Annual report on the lock hospitals of the Madras Presidency
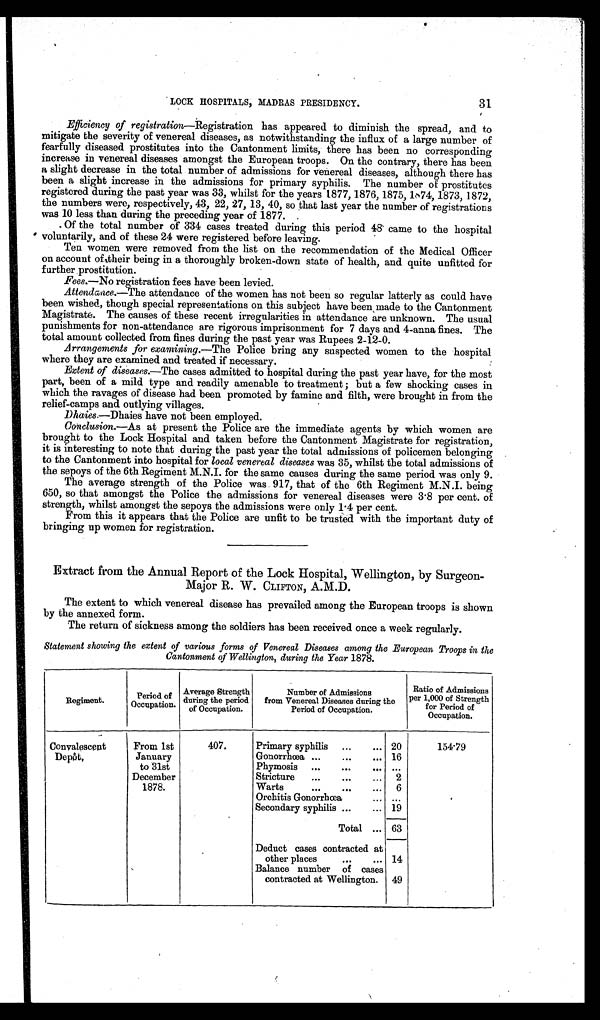
31
LOCK HOSPITALS, MADRAS PRESIDENCY.
Efficiency of registration—Registration has appeared to diminish the spread, and to
mitigate the severity of venereal diseases, as notwithstanding the influx of a large number of
fearfully diseased prostitutes into the Cantonment limits, there has been no corresponding
increase in venereal diseases amongst the European troops. On the contrary, there has been
a slight decrease in the total number of admissions for venereal diseases, although there has
been a slight increase in the admissions for primary syphilis. The number of prostitutes
registered during the past year was 33, whilst for the years 1877, 1876, 1875, 1874, 1873, 1872,
the numbers were, respectively, 43, 22, 27, 13, 40, so that last year the number of registrations
was 10 less than during the preceding year of 1877.
Of the total number of 334 cases treated during this period 48 came to the hospital
voluntarily, and of these 24 were registered before leaving.
Ten women were removed from the list on the recommendation of the Medical Officer
on account of their being in a thoroughly broken-down state of health, and quite unfitted for
further prostitution.
Fees.—No registration fees have been levied.
Attendance.—The attendance of the women has not been so regular latterly as could have
been wished, though special representations on this subject have been made to the Cantonment
Magistrate. The causes of these recent irregularities in attendance are unknown. The usual
punishments for non-attendance are rigorous imprisonment for 7 days and 4-anna fines. The
total amount collected from fines during the past year was Rupees 2-12-0.
Arrangements for examining.— The Police bring any suspected women to the hospital
where they are examined and treated if necessary.
Extent of diseases.—The cases admitted to hospital during the past year have, for the most
part, been of a mild type and readily amenable to treatment ; but a few shocking cases in
which the ravages of disease had been promoted by famine and filth, were brought in from the
relief-camps and outlying villages.
Dhaies.—Dhaies have not been employed.
Conclusion.—As at present the Police are the immediate agents by which women are
brought to the Lock Hospital and taken before the Cantonment Magistrate for registration,
it is interesting to note that during the past year the total admissions of policemen belonging
to the Cantonment into hospital for local venereal diseases was 35, whilst the total admissions of
the sepoys of the 6th Regiment M.N.I. for the same causes during the same period was only 9.
The average strength of the Police was. 917, that of the 6th Regiment M.N.I. being
650, so that amongst the Police the admissions for venereal diseases were 3.8 per cent. of
strength, whilst amongst the sepoys the admissions were only 1.4 per cent.
From this it appears that the Police are unfit to be trusted with the important duty of
bringing up women for registration.
Extract from the Annual Report of the Lock Hospital, Wellington, by Surgeon
-Major R. W. CLIFTON, A.M.D.
The extent to which venereal disease has prevailed among the European troops is shown
by the annexed form.
The return of sickness among the soldiers has been received once a week regularly.
Statement showing the extent of various forms of Venereal Diseases among the European Troops in the
Cantonment of Wellington, during the Year 1878.
Regiment.
Period of
Occupation.
Average Strength
during the period
of Occupation.
Number of Admissions
from Venereal Diseases during the
Period of Occupation.
Ratio of Admissions
per 1,000 of Strength
for Period of
Occupation.
Convalescent
Depôt.
From 1st
January
to 31st
December
1878.
407.
Primary syphilis ...
... 20
154.79
Gonorrhœa ...
...
... 16
Phymosis ...
. . .
. . .
Stricture
...
...
... 2
Warts
...
...
... 6
Orchitis Gonorrhœa
... ...
Secondary syphilis ...
... 19
Total ... 63
Deduct cases contracted at
other places
...
... 14
Balance number of cases
contracted at Wellington. 49